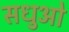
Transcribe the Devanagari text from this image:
सधुओ